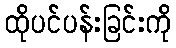
ထိုပင်ပန်းခြင်းကို